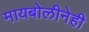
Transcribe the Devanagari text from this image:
मायबोलीनेही